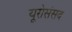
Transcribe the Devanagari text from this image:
यूरोसंसद